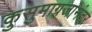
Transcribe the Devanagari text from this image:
कुसुमाग्रजांनंतर